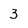
Character: 3